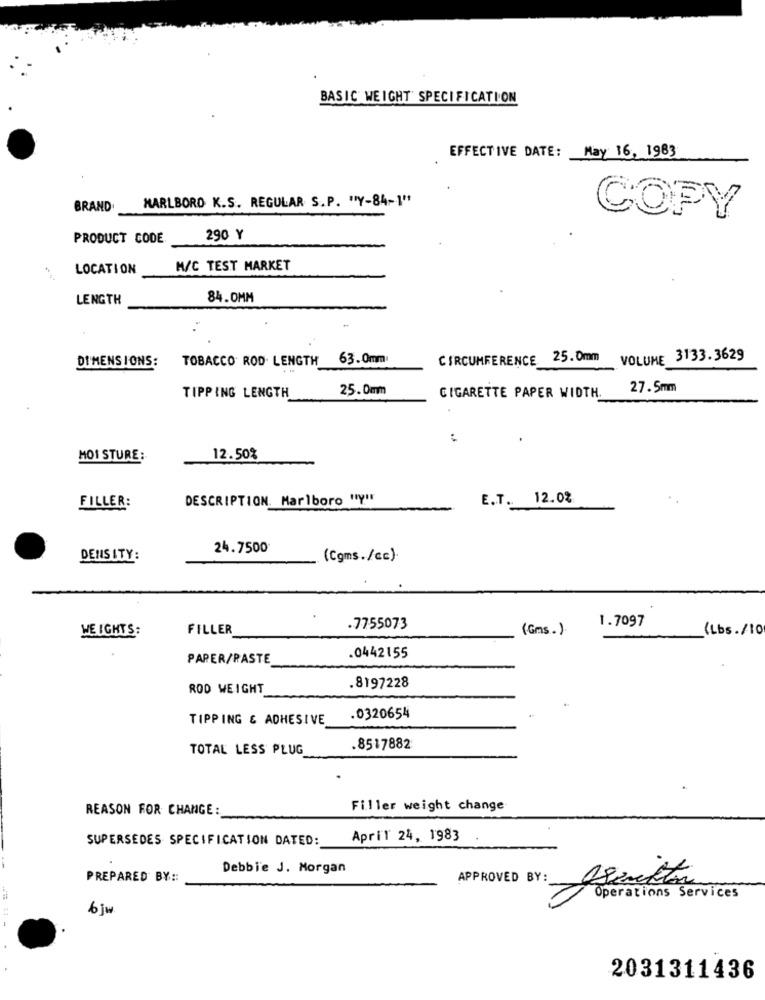
BASIC WEIGHT SPECIFICATION
EFFECTIVE DATE: May 16, 1983
MARLBORO K.S. REGULAR S.P. "Y-84-1"
BRAND
COPY
PRODUCT CODE
290 Y
LOCATION
M/C TEST MARKET
LENGTH
84.0MM
DIMENSIONS:
TOBACCO ROD. LENGTH
63.0mm
CIRCUMFERENCE 25.0mm
VOLUME 3133.3629
TIPPING LENGTH
25.0mm
27.5mm
CIGARETTE PAPER WIDTH
MOI STURE :
12.50%
DESCRIPTION. Marlboro "Y"
E.T.
12.0%
..
FILLER:
24.7500
DENSITY:
(Cgms./cc).
1.7097
HEIGHTS:
FILLER
.7755073
(Gms.)
(Lbs./10
PAPER/RASTE
.0442155
ROD WEIGHT
.8197228
TIPPING & ADHESIVE
.0320654
TOTAL LESS PLUG
.8517882
REASON FOR CHANGE:
Filler weight change
SUPERSEDES SPECIFICATION DATED:
April 24, 1983
Debbie J. Morgan
PREPARED BY ::
APPROVED BY:
Jsemktan
Operations Services
bjw
2031311436